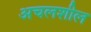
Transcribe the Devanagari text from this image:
अचलशील